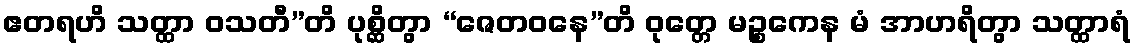
ဧတရဟိ သတ္ထာ ဝသတီ”တိ ပုစ္ဆိတွာ “ဇေတဝနေ”တိ ဝုတ္တေ မဉ္စကေန မံ အာဟရိတွာ သတ္ထာရံ